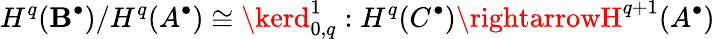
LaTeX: H^{q}(\mathbf{B}^{\bullet})/H^{q}(A^{\bullet})\cong\kerd_{0,q}^{1}:H^{q}(C^{\bullet})\rightarrowH^{q+1}(A^{\bullet})